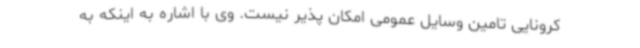
کرونایی تامین وسایل عمومی امکان پذیر نیست. وی با اشاره به اینکه به